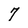
Character: 7